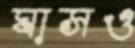
ঘাসও